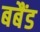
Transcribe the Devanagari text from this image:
बबैंड